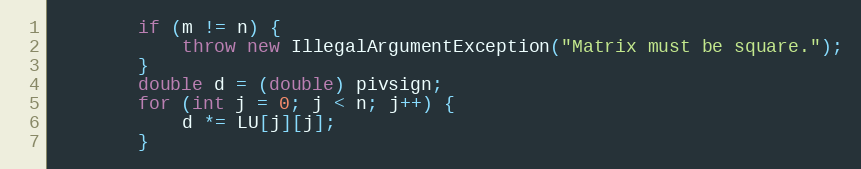
Language: Java
        if (m != n) {
            throw new IllegalArgumentException("Matrix must be square.");
        }
        double d = (double) pivsign;
        for (int j = 0; j < n; j++) {
            d *= LU[j][j];
        }